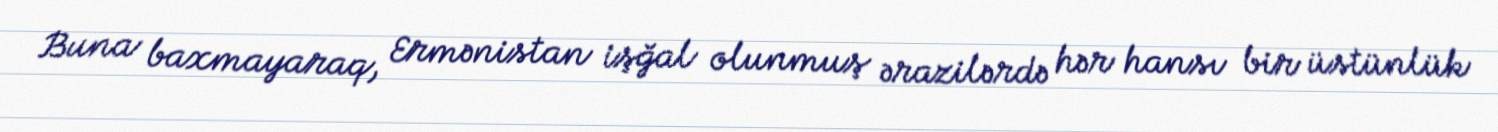
Buna baxmayaraq, Ermənistan işğal olunmuş ərazilərdə hər hansı bir üstünlük